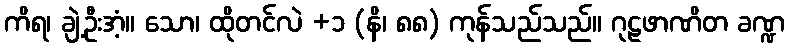
ကိရ၊ ချဲ့ဦးအံ့။ သော၊ ထိုတင်လဲ +၁ (နိ၊ ၈၈) ကုန်သည်သည်။ ဂုဠဖာဏိတ ခဏ္ဍ